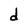
Character: d